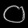
Digit: ၀